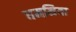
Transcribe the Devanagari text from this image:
धमनिया